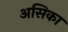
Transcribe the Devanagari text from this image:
असिका